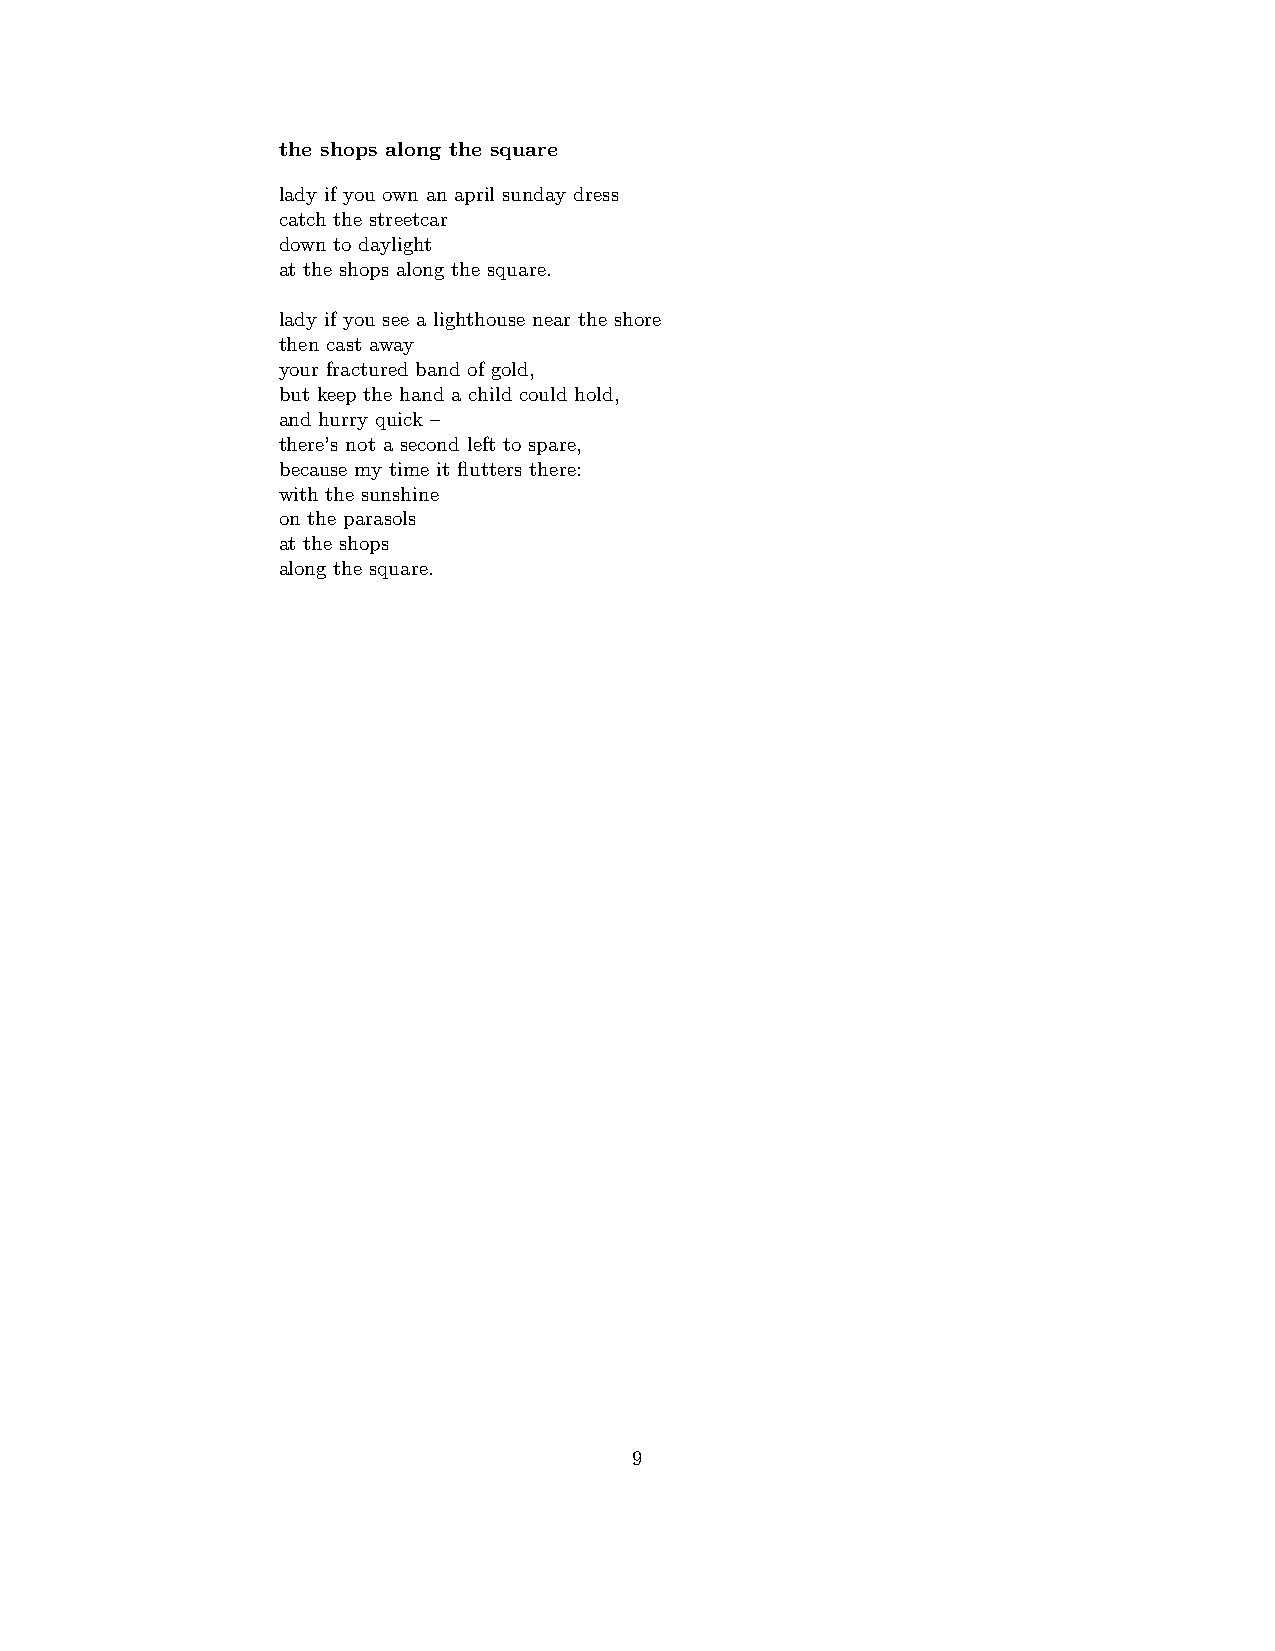
the shops along the square
 lady if you own an april sunday dress
 catch the streetcar
 down to daylight
 at the shops along the square.
 lady if you see a lighthouse near the shore
 then cast away
 your fractured band of gold,
 but keep the hand a child could hold,
 and hurry quick –
 there’s not a second left to spare,
 because my time it flutters there:
 with the sunshine
 on the parasols
 at the shops
 along the square.
 9